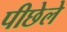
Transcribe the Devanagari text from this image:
पीछेले